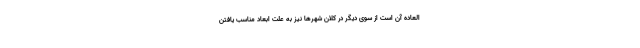
العاده آن است از سوی دیگر در کلان شهرها نیز به علت ابعاد مناسب یافتن